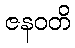
ဇနဝတိ